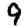
Digit: 9